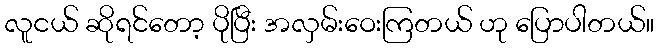
လူငယ် ဆိုရင်တော့ ပိုပြီး အလှမ်းဝေးကြတယ် ဟု ပြောပါတယ်။